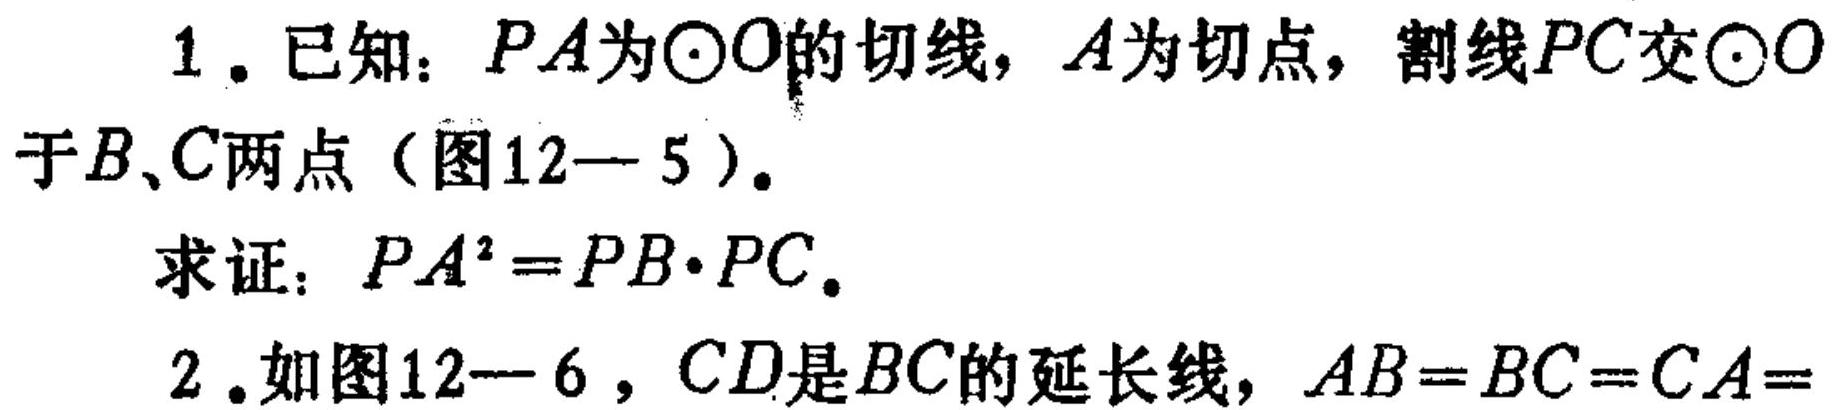
1. 已知：\(PA\)为\(\odot O\)的切线，\(A\)为切点，割线\(PC\)交\(\odot O\)
于\(B\)、\(C\)两点（图12 - 5）。

求证：\(PA^{2}=PB\cdot PC\)。

2. 如图12 - 6，\(CD\)是\(BC\)的延长线，\(AB = BC = CA=\)